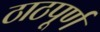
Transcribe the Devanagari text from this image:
ठाठपूर्ण